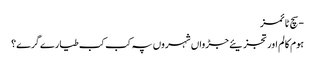
- سچ ٹائمز
ہوم کالم اور تجزیئے جڑواں شہروں پہ کب کب طیارے گرے؟